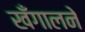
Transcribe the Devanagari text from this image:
खँगालने